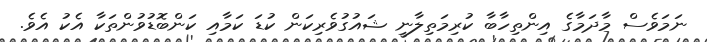
ނަމަވެސް މާދަމާގެ އިންތިހާބާ ކުރިމަތިލާނީ ޝައުގުވެރިކަން ކުޑަ ކަމާއި ކަންބޮޑުވުންތަކާ އެކު އެވެ.